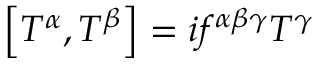
\left[ T ^ { \alpha } , T ^ { \beta } \right] = i f ^ { \alpha \beta \gamma } T ^ { \gamma }